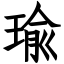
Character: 瑜